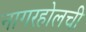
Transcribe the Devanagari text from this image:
नागरहोलची